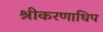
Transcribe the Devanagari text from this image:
श्रीकरणाधिप